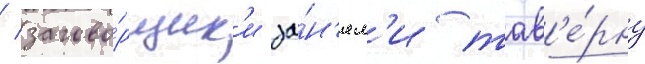
/ загово́рщик'и за́н'ял'и тав'е́рну